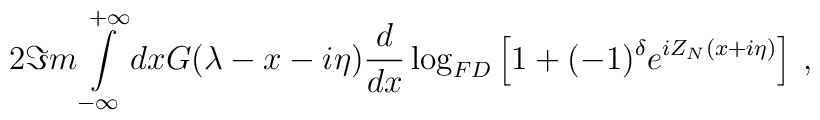
2\Im m\int\limits ^{+\infty }_{-\infty }dxG(\lambda -x-i\eta )\frac{d}{dx}\log _{FD}\left[ 1+(-1)^{\delta }e^{iZ_{N}(x+i\eta )}\right] \: ,